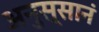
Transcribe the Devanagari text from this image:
अनुस्सानं